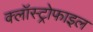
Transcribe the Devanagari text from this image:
क्लॉस्ट्रोफाइल